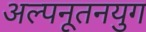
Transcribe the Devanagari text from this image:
अल्पनूतनयुग